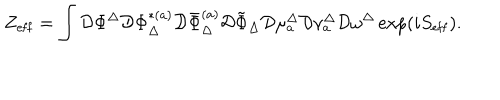
Z _ { \mathrm { e f f } } = \int \mathcal { D } \Phi ^ { \Delta } \mathcal { D } \Phi _ { \Delta } ^ { * ( a ) } \mathcal { D } \bar { \Phi } _ { \Delta } ^ { ( a ) } \mathcal { D } \tilde { \Phi } _ { \Delta } \mathcal { D } \mu _ { a } ^ { \Delta } \mathcal { D } \nu _ { a } ^ { \Delta } \mathcal { D } \omega ^ { \Delta } \exp \left( i S _ { \mathrm { e f f } } \right) .